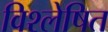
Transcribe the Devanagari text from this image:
विश्‍लेषित